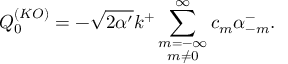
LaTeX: Q _ { 0 } ^ { ( K O ) } = - \sqrt { 2 \alpha ^ { \prime } } k ^ { + } \sum _ { \stackrel { \scriptstyle m = - \infty } { m \neq 0 } } ^ { \infty } c _ { m } \alpha _ { - m } ^ { - } .